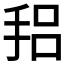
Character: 𫼴